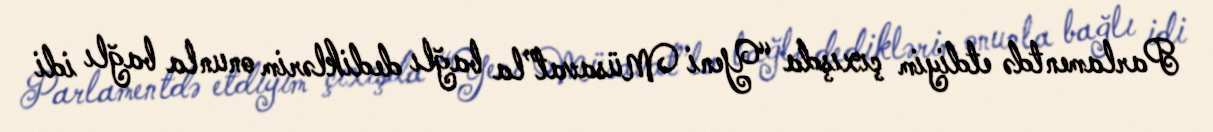
Parlamentdə etdiyim çıxışda “Yeni Müsavat”la bağlı dediklərim onunla bağlı idi